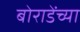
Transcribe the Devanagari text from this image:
बोराडेंच्या